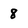
Character: 8